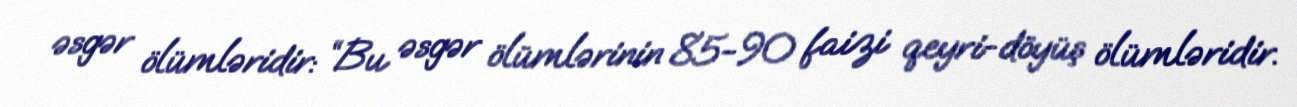
əsgər ölümləridir: “Bu əsgər ölümlərinin 85-90 faizi qeyri-döyüş ölümləridir.